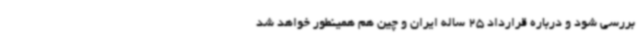
بررسی شود و درباره قرارداد 25 ساله ایران و چین هم همینطور خواهد شد